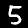
Label: 5